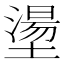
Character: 𡑑